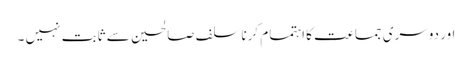
اور دوسری جماعت کا اہتمام کرنا سلف صالحین سے ثابت نہیں ۔